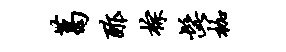
葛酢棕髭枷